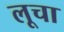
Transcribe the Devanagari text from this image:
लूचा